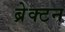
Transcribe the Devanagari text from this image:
ब्रेक्टन